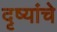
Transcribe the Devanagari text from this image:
दृष्यांचे